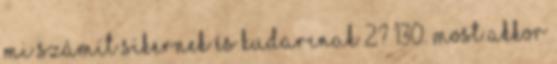
Mi számít sikernek és kudarcnak 2? 130. Most akkor